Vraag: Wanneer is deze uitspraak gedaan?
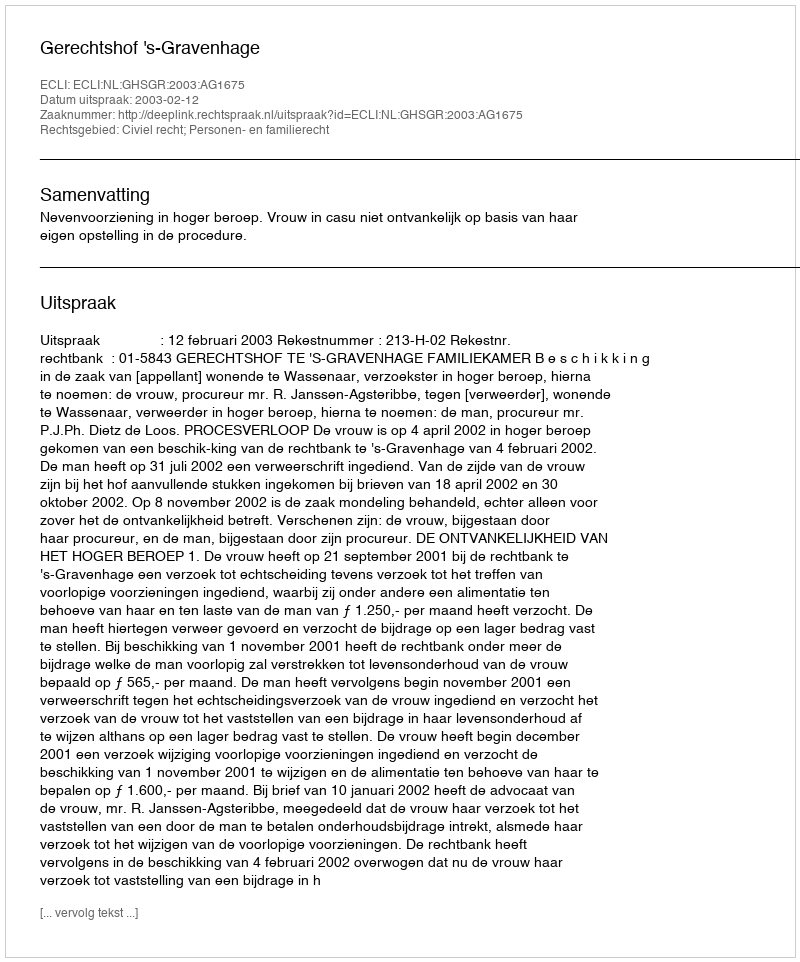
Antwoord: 2003-02-12